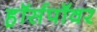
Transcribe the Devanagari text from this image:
ह़ॉर्सपॉवर